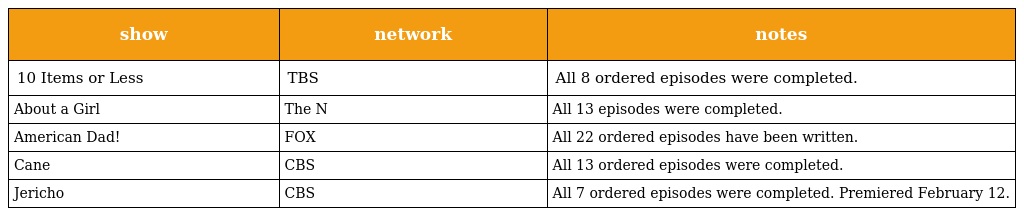
| show | network | notes |
 | --- | --- | --- |
 | 10 Items or Less | TBS | All 8 ordered episodes were completed. |
 | About a Girl | The N | All 13 episodes were completed. |
 | American Dad! | FOX | All 22 ordered episodes have been written. |
 | Cane | CBS | All 13 ordered episodes were completed. |
 | Jericho | CBS | All 7 ordered episodes were completed. Premiered February 12. |